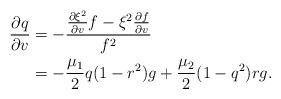
LaTeX: \begin{align*} \begin{aligned} \frac{\partial q}{\partial v}&=-\frac{\frac{\partial\xi^2}{\partial v}f-\xi^2\frac{\partial f}{\partial v}}{f^2}\\ &=-\frac{\mu_1}{2}q(1-r^2)g+\frac{\mu_2}{2}(1-q^2)rg.\end{aligned} \end{align*}